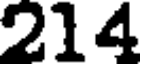
214